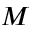
M